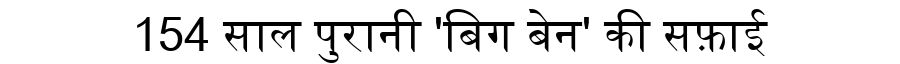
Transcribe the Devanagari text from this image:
154 साल पुरानी 'बिग बेन' की सफ़ाई